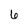
Character: 6